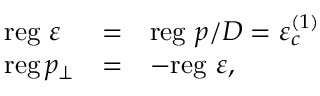
\begin{array} { l l l } { { \mathrm { r e g } \, \, \varepsilon } } & { { = } } & { { \mathrm { r e g } \, \, p / D = \varepsilon _ { c } ^ { ( 1 ) } } } \\ { { \mathrm { r e g \, } p _ { \perp } } } & { { = } } & { { - \mathrm { r e g } \, \, \varepsilon , } } \end{array}